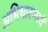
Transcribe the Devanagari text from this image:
अभिधारणायें